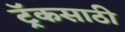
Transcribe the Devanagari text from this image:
ट्रॅकसाठी